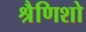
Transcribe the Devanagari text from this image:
श्रैणिशो